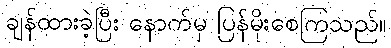
ချန်ထားခဲ့ပြီး နောက်မှ ပြန်မိုးစေကြသည်။